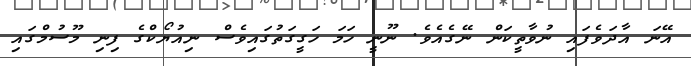
އޭނަ އާދަވެފައި ނުވާތީކަން ނޭގެއެވެ. ނޫނީ ހަމަ ހަގީގަތުގައިވެސް ނިއުޔޯކްގެ ފިނި މޫސުމްގައި